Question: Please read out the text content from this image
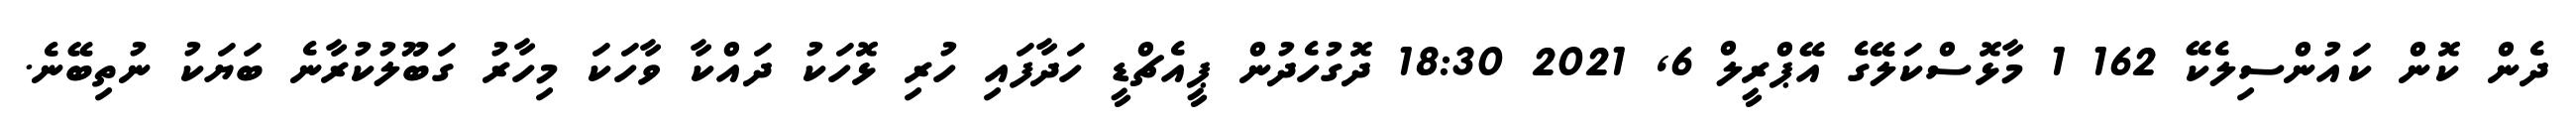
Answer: ދެން ކޮން ކައުންސިލެކޭ 162 1 މާޅޮސްކަލޭގެ އޭޕްރީލް 6, 2021 18:30 ދޮގުހެދުން ޕީއެޗްޑީ ހަދާފައި ހުރި ޅޮހަކު ދައްކާ ވާހަކަ މިހާރު ގަބޫލުކުރާނެ ބަޔަކު ނުތިބޭނެ.